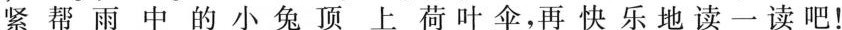
紧帮雨中的小兔顶上荷叶伞，再快乐地读一读吧!